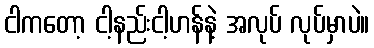
ငါကတော့ ငါ့နည်းငါ့ဟန်နဲ့ အလုပ် လုပ်မှာပဲ။